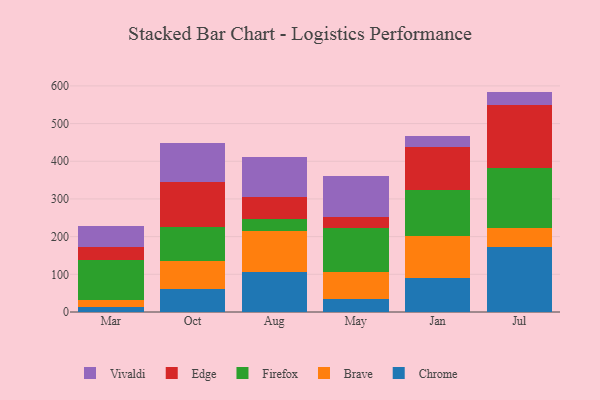
{"axis": {"x": "Month", "y": "Latency (ms)"}, "legend": ["Brave", "Chrome", "Edge", "Firefox", "Vivaldi"], "data": [{"x": "Mar", "y": 13.6, "type": "Chrome"}, {"x": "Mar", "y": 18.6, "type": "Brave"}, {"x": "Mar", "y": 105.7, "type": "Firefox"}, {"x": "Mar", "y": 34.9, "type": "Edge"}, {"x": "Mar", "y": 56.3, "type": "Vivaldi"}, {"x": "Oct", "y": 60.6, "type": "Chrome"}, {"x": "Oct", "y": 73.8, "type": "Brave"}, {"x": "Oct", "y": 90.2, "type": "Firefox"}, {"x": "Oct", "y": 120.8, "type": "Edge"}, {"x": "Oct", "y": 102.1, "type": "Vivaldi"}, {"x": "Aug", "y": 106.9, "type": "Chrome"}, {"x": "Aug", "y": 106.8, "type": "Brave"}, {"x": "Aug", "y": 33.2, "type": "Firefox"}, {"x": "Aug", "y": 59.0, "type": "Edge"}, {"x": "Aug", "y": 105.6, "type": "Vivaldi"}, {"x": "May", "y": 35.8, "type": "Chrome"}, {"x": "May", "y": 69.7, "type": "Brave"}, {"x": "May", "y": 116.8, "type": "Firefox"}, {"x": "May", "y": 30.4, "type": "Edge"}, {"x": "May", "y": 107.6, "type": "Vivaldi"}, {"x": "Jan", "y": 90.6, "type": "Chrome"}, {"x": "Jan", "y": 112.2, "type": "Brave"}, {"x": "Jan", "y": 120.2, "type": "Firefox"}, {"x": "Jan", "y": 114.1, "type": "Edge"}, {"x": "Jan", "y": 30.5, "type": "Vivaldi"}, {"x": "Jul", "y": 171.2, "type": "Chrome"}, {"x": "Jul", "y": 52.9, "type": "Brave"}, {"x": "Jul", "y": 157.0, "type": "Firefox"}, {"x": "Jul", "y": 167.9, "type": "Edge"}, {"x": "Jul", "y": 35.9, "type": "Vivaldi"}]}